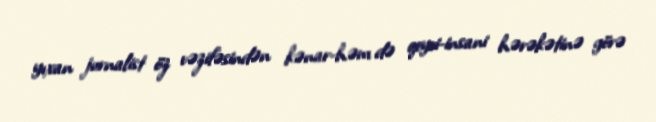
yıxan jurnalist öz vəzifəsindən kənar-həm də qeyri-insani hərəkətinə görə